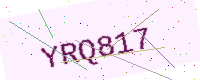
Text: YRQ817